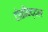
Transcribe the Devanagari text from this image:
टोळीबद्दल